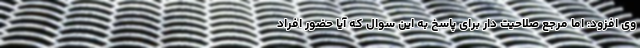
وی افزود: اما مرجع صلاحیت دار برای پاسخ به این سوال که آیا حضور افراد